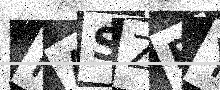
Text: NASZEY